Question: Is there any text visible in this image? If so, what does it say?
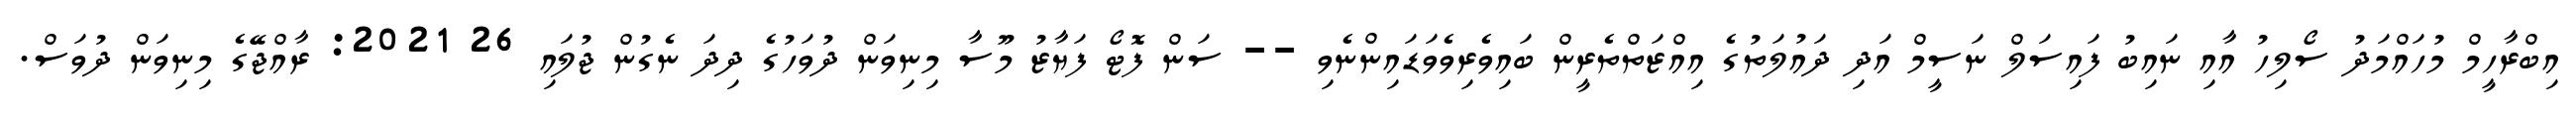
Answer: އިބްރާހީމް މުހައްމަދު ސޯލިހު އާއި ނައިބު ފައިސަލް ނަސީމް އަދި ދައުލަތުގެ އިއްޒަތްތެރީން ބައިވެރިވެވަޑައިންނެވި -- ސަން ފޮޓޯ ފަޔާޒު މޫސާ މިނިވަން ދުވަހުގެ ދިދަ ނެގުން ޖުލައި 26 2021: ރާއްޖޭގެ މިނިވަން ދުވަސް.